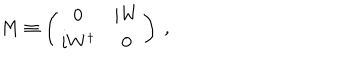
M \equiv \left( \begin{array} { c c } { { 0 } } & { { i W } } \\ { { i W ^ { \dagger } } } & { { 0 } } \\ \end{array} \right) \ ,